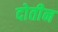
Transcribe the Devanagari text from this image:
दोतीन